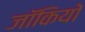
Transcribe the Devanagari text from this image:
जॉकियों